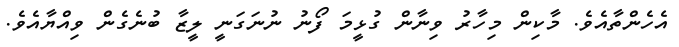
އެހެންތާއެވެ. މާކިން މިހާރު ވިނާން ގުޅީމަ ފޯނު ނުނަގަނީ ލީޒާ ބުނެގެން ވިއްޔާއެވެ.